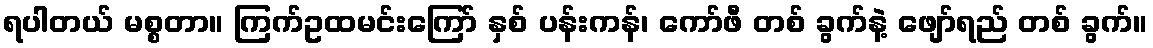
ရပါတယ် မစ္စတာ။ ကြက်ဥထမင်းကြော် နှစ် ပန်းကန်၊ ကော်ဖီ တစ် ခွက်နဲ့ ဖျော်ရည် တစ် ခွက်။